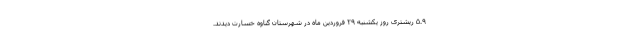
۵.۹ ریشتری روز یکشنبه ۲۹ فروردین ماه در شهرستان گناوه خسارت دیدند.